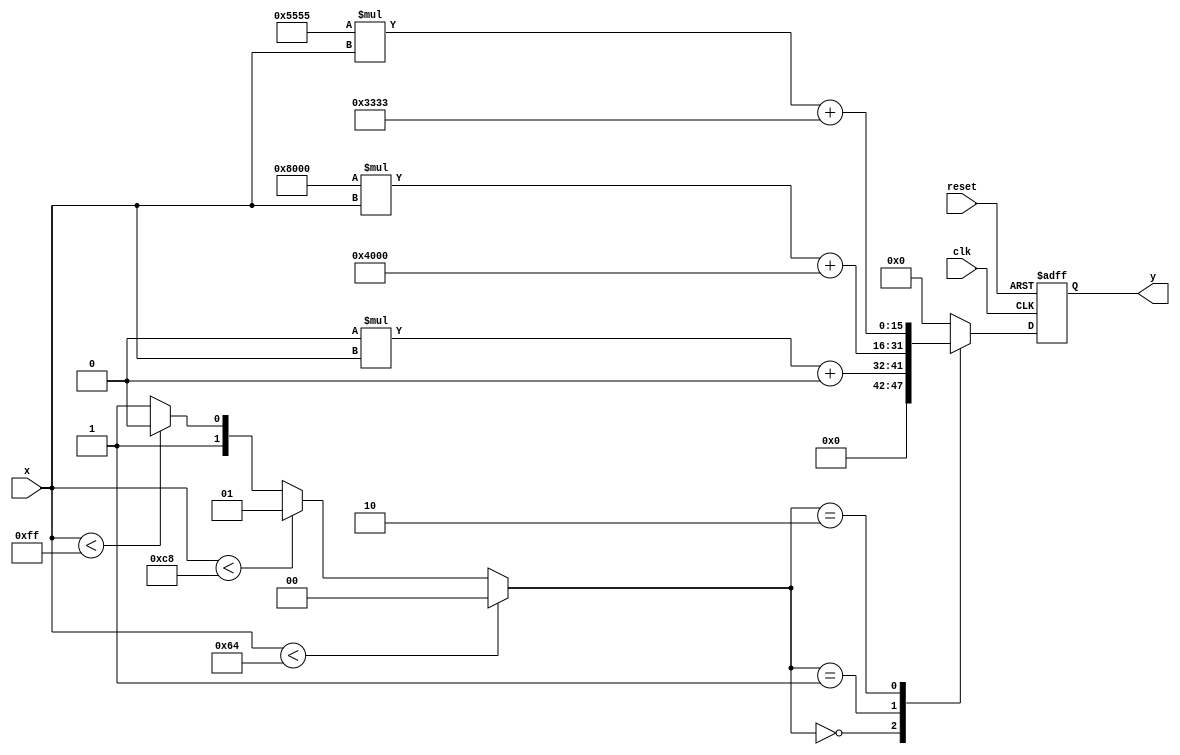
module PLAR (
    input          clk,            // Clock signal
    input          reset,          // Reset signal
    input  [7:0]   x,              // Input value (8-bit unsigned integer)
    output [15:0]  y               // Output value (16-bit unsigned integer)
);

// Define segment parameters (example values).
parameter SEGMENT_1_THRESHOLD = 8'd100; // Threshold for segment 1 (0        to 1)
parameter SEGMENT_2_THRESHOLD = 8'd200; // Threshold for segment 2 (1        to 2)
parameter SEGMENT_3_THRESHOLD = 8'd255; // Threshold for segment 3 (2        to 255)

// Define slopes and intercepts for each segment.
parameter M1 = 16'd65536;           // m1 = 1.0  in fixed point (16.16 format)
parameter B1 = 16'd0;                // b1 = 0
parameter M2 = 16'd32768;           // m2 = 0.5  in fixed point (16.16 format)
parameter B2 = 16'd16384;           // b2 = 0.25 in fixed point (16.16 format)
parameter M3 = 16'd21845;          // m3 = 0.333...(1/3) in fixed point (16.16 format)
parameter B3 = 16'd13107;          // b3 = 0.25 in fixed point (16.16 format)

// Intermediate signals for segment selection and output computation
reg [1:0] segment;
reg [15:0] prod;

// Segment selection logic
always @(*) begin
    if (x < SEGMENT_1_THRESHOLD) 
        segment = 2'b00; // Segment 1
    else if (x < SEGMENT_2_THRESHOLD) 
        segment = 2'b01; // Segment 2
    else if (x < SEGMENT_3_THRESHOLD) 
        segment = 2'b10; // Segment 3
    else 
        segment = 2'b11; // Default segment for overflow/zero handling
end

// Output calculation based on selected segment
always @(posedge clk or posedge reset) begin
    if (reset) begin
        y <= 16'd0;
    end else begin
        case (segment)
            2'b00: begin // Segment 1:
                y <= (M1 * x) + B1; // Approximation for [0, 1]
            end
            2'b01: begin // Segment 2:
                y <= (M2 * x) + B2; // Approximation for [1, 2]
            end
            2'b10: begin // Segment 3:
                y <= (M3 * x) + B3; // Approximation for [2, 4]
            end
            default: begin // Handle default case
                y <= 16'd0; // Could clamp the result.
            end
        endcase
    end
end

endmodule